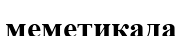
меметикада